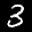
Label: 3